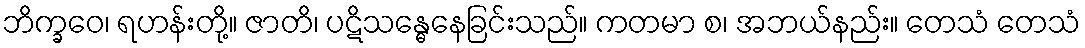
ဘိက္ခဝေ၊ ရဟန်းတို့။ ဇာတိ၊ ပဋိသန္ဓေနေခြင်းသည်။ ကတမာ စ၊ အဘယ်နည်း။ တေသံ တေသံ